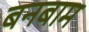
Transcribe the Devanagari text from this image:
बनबाम